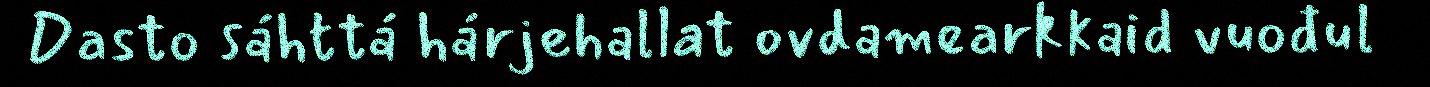
Dasto sáhttá hárjehallat ovdamearkkaid vuođul